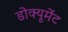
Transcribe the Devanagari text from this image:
डोक्यूमेंट